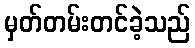
မှတ်တမ်းတင်ခဲ့သည်